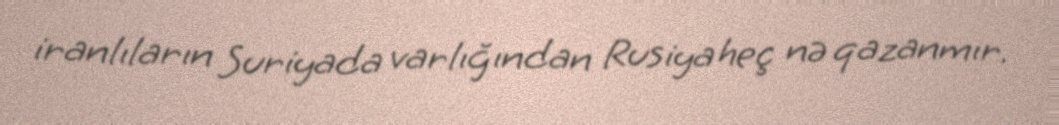
iranlıların Suriyada varlığından Rusiya heç nə qazanmır.